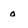
Character: o